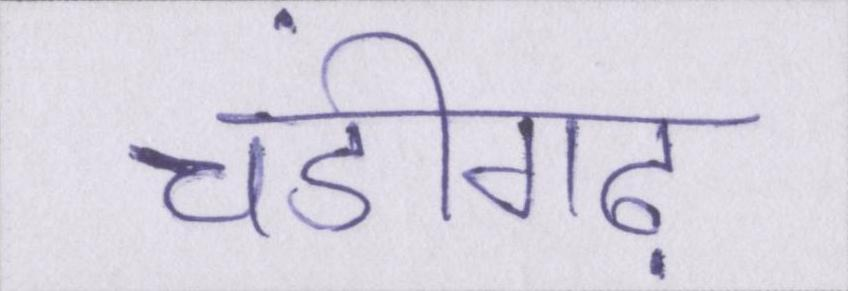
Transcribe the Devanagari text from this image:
चंडीगढ़